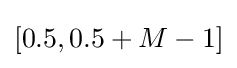
[0.5,0.5+M-1]